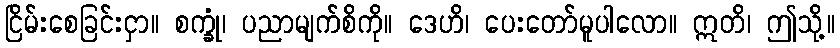
ငြိမ်းစေခြင်းငှာ။ စက္ခုံ၊ ပညာမျက်စိကို။ ဒေဟိ၊ ပေးတော်မူပါလော။ ဣတိ၊ ဤသို့။